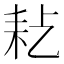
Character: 𦓪